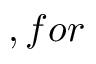
, f o r